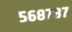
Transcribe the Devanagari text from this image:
५६८७८७